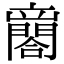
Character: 𨶼